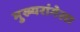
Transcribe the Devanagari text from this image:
मुख्यरांगेला